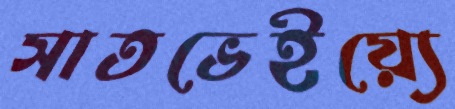
সাতভেইয়্যে